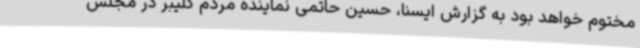
مختوم خواهد بود به گزارش ایسنا، حسین حاتمی نماینده مردم کلیبر در مجلس